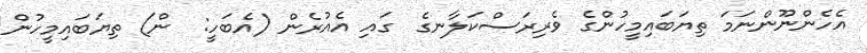
އެހެންނޫންނަމަ ތިޔަބައިމީހުންގެ ވެރިރަސްކަލާނގެ  ގައި އެއުރެން (އެބަހީ:  ން) ތިޔަބައިމީހުން